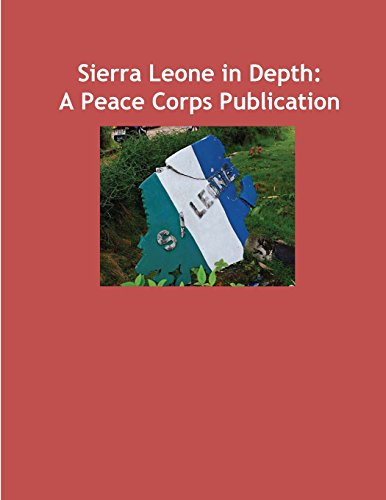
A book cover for Sierra Leone in Depth: A Peace Corps Publication; Peace Corps; Travel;